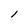
Character: l